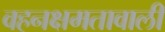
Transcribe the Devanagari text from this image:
वहनक्षमतावाली